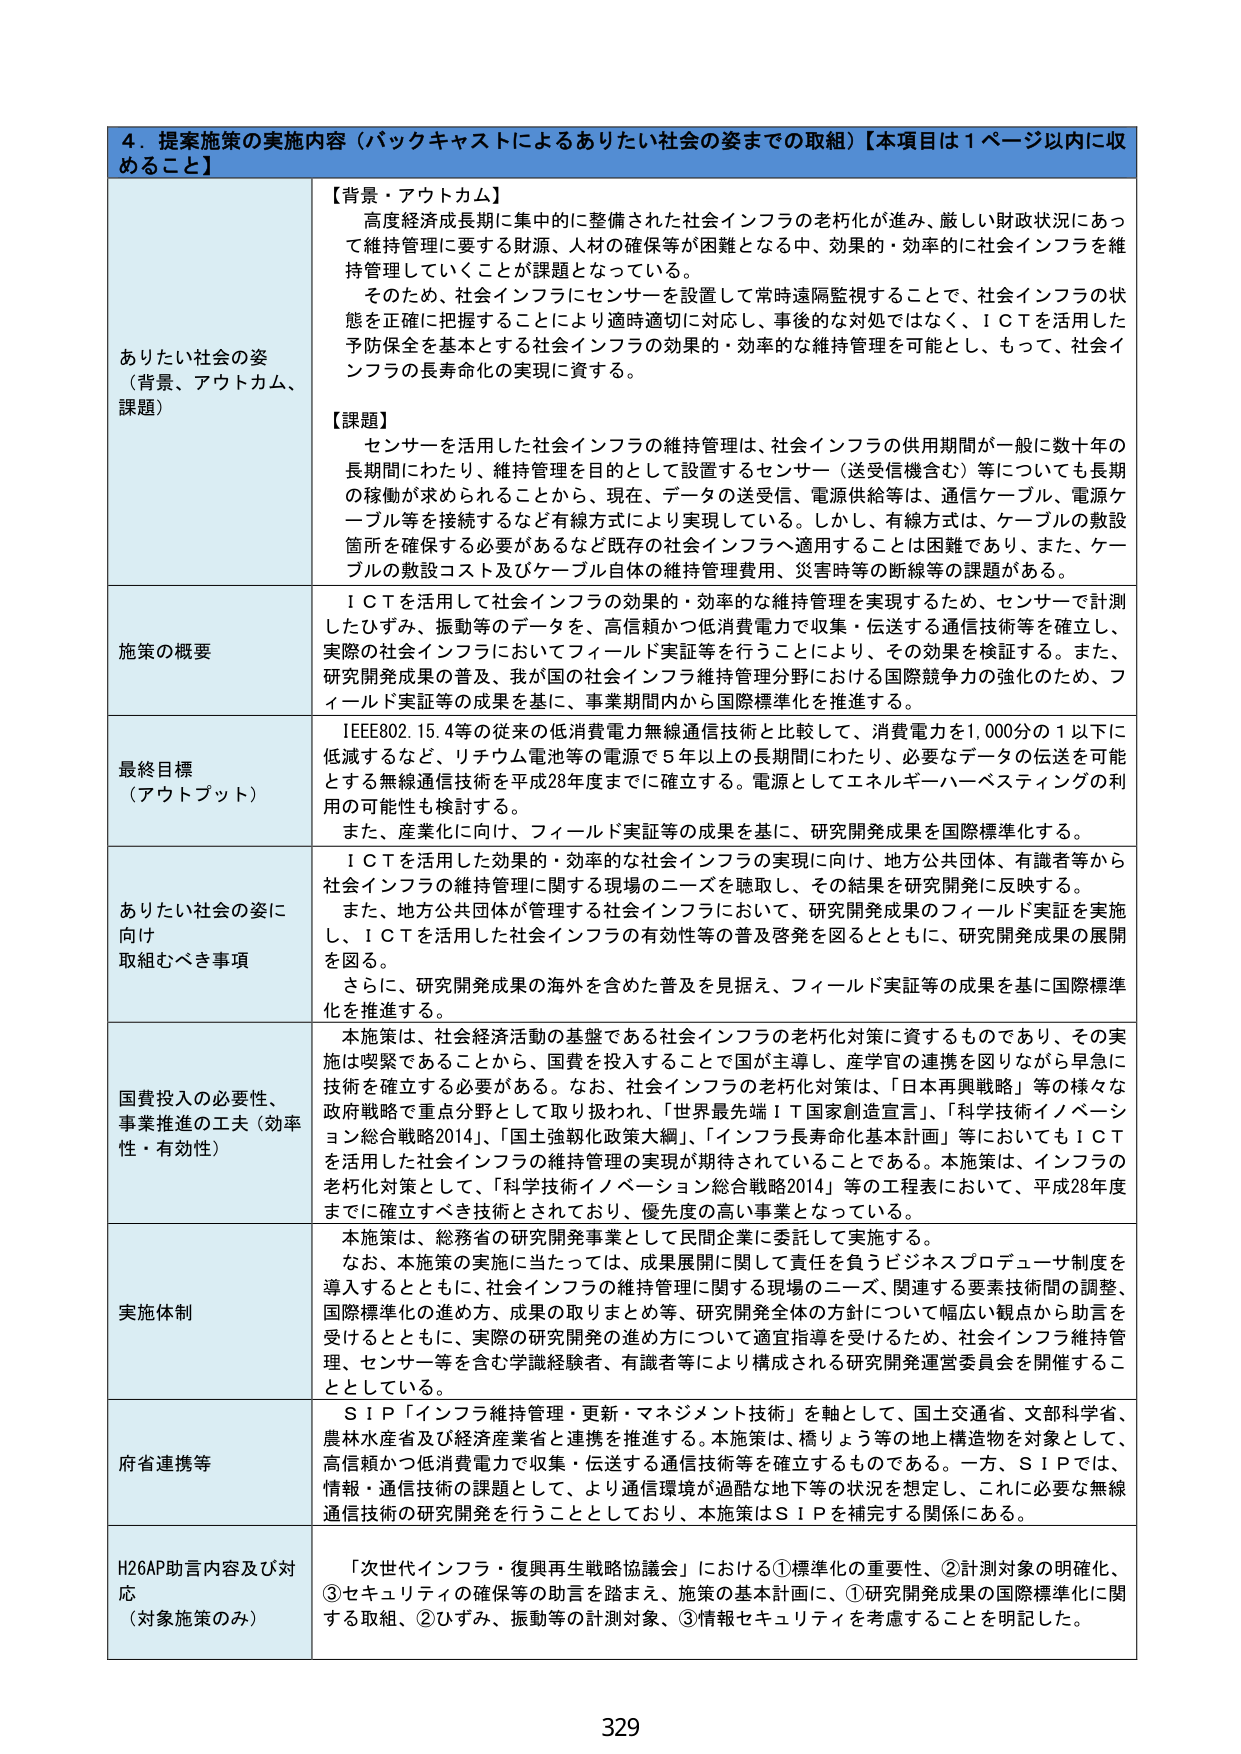
4．提案施策の実施内容（バックキャストによるありたい社会の姿までの取組）【本項目は1ページ以内に収めること】

ありたい社会の姿
（背景・アウトカム、課題）

【背景・アウトカム】
高度経済成長期に集中的に整備された社会インフラの老朽化が進み、厳しい財政状況にあって維持管理に要する財源、人材の確保等が困難となる中、効果的・効率的に社会インフラを維持管理していくことが課題となっている。
そのため、社会インフラにセンサーを設置して常時遠隔監視することで、社会インフラの状態を正確に把握することにより適時適切に対応し、事後的な対処ではなく、ＩＣＴを活用した予防保全を基本とする社会インフラの効果的・効率的な維持管理を可能とし、もって、社会インフラの長寿命化の実現に資する。

【課題】
センサーを活用した社会インフラの維持管理は、社会インフラの供用期間が一般に数十年の長期間にわたり、維持管理を目的として設置するセンサー（送受信機含む）等についても長期の稼働が求められることから、現在、データの送受信、電源供給等は、通信ケーブル、電源ケーブル等を接続するなど有線方式により実現している。しかし、有線方式は、ケーブルの敷設箇所を確保する必要があるなど既存の社会インフラへ適用することは困難であり、また、ケーブルの敷設コスト及びケーブル自体の維持管理費用、災害時等の断線等の課題がある。

施策の概要
ＩＣＴを活用して社会インフラの効果的・効率的な維持管理を実現するため、センサーで計測したひずみ、振動等のデータを、高信頼かつ低消費電力で収集・伝送する通信技術等を確立し、実際の社会インフラにおいてフィールド実証等を行うことにより、その効果を検証する。また、研究開発成果の普及、我が国の社会インフラ維持管理分野における国際競争力の強化のため、フィールド実証等の成果を基に、事業期間内から国際標準化を推進する。

最終目標
（アウトプット）
IEEE802.15.4等の従来の低消費電力無線通信技術と比較して、消費電力を1,000分の1以下に低減するなど、リチウム電池等の電源で5年以上の長期間にわたり、必要なデータの伝送を可能とする無線通信技術を平成28年度までに確立する。電源としてエネルギーハーベスティングの利用の可能性も検討する。
また、産業化に向け、フィールド実証等の成果を基に、研究開発成果を国際標準化する。

ありたい社会の姿に向け取組むべき事項
ＩＣＴを活用した効果的・効率的な社会インフラの実現に向け、地方公共団体、有識者等から社会インフラの維持管理に関する現場のニーズを聴取し、その結果を研究開発に反映する。
また、地方公共団体が管理する社会インフラにおいて、研究開発成果のフィールド実証を実施し、ＩＣＴを活用した社会インフラの有効性等の普及啓発を図るとともに、研究開発成果の展開を図る。
さらに、研究開発成果の海外を含めた普及を見据え、フィールド実証等の成果を基に国際標準化を推進する。

国費投入の必要性、事業推進の工夫（効率性・有効性）
本施策は、社会経済活動の基盤である社会インフラの老朽化対策に資するものであり、その実施は喫緊であることから、国費を投入することで国が主導し、産学官の連携を図りながら早急に技術を確立する必要がある。なお、社会インフラの老朽化対策は、「日本再興戦略」等の様々な政府戦略で重点分野として取り扱われ、「世界最先端ＩＴ国家創造宣言」、「科学技術イノベーション総合戦略2014」、「国土強靭化政策大綱」、「インフラ長寿命化基本計画」等においてもＩＣＴを活用した社会インフラの維持管理の実現が期待されていることである。本施策は、インフラの老朽化対策として、「科学技術イノベーション総合戦略2014」等の工程表において、平成28年度までに確立すべき技術とされており、優先度の高い事業となっている。

実施体制
本施策は、総務省の研究開発事業として民間企業に委託して実施する。
なお、本施策の実施に当たっては、成果展開に関して責任を負うビジネスプロデューサ制度を導入するとともに、社会インフラの維持管理に関する現場のニーズ、関連する要素技術間の調整、国際標準化の進め方、成果の取りまとめ等、研究開発全体の方針について幅広い観点から助言を受けるとともに、実際の研究開発の進め方について適宜指導を受けられるため、社会インフラ維持管理、センサー等を含む学識経験者、有識者等により構成される研究開発運営委員会を開催することとしている。

府省連携等
ＳＩＰ「インフラ維持管理・更新・マネジメント技術」を軸として、国土交通省、文部科学省、農林水産省及び経済産業省と連携を推進する。本施策は、橋りょう等の地上構造物を対象として、高信頼かつ低消費電力で収集・伝送する通信技術等を確立するものである。一方、ＳＩＰでは、情報・通信技術の課題として、より通信環境が過酷な地下等の状況を想定し、これに必要な無線通信技術の研究開発を行うこととしており、本施策はＳＩＰを補完する関係にある。

H26AP助言内容及び対応（対象施策のみ）
「次世代インフラ・復興再生戦略協議会」における①標準化の重要性、②計測対象の明確化、③セキュリティの確保等の助言を踏まえ、施策の基本計画に、①研究開発成果の国際標準化に関する取組、②ひずみ、振動等の計測対象、③情報セキュリティを考慮することを明記した。

329